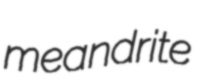
meandrite